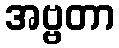
အဗ္ဗတာ